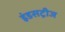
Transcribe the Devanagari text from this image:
इंडसट्रीज